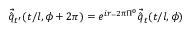
\vec { \hat { q } } _ { t ^ { \prime } } ( t / l , \phi + 2 \pi ) = e ^ { i r _ { - } 2 \pi \Pi ^ { 0 } } \vec { \hat { q } } _ { t } ( t / l , \phi )